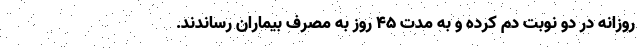
روزانه در دو نوبت دم کرده و به مدت 45 روز به مصرف بیماران رساندند.